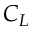
C _ { L }